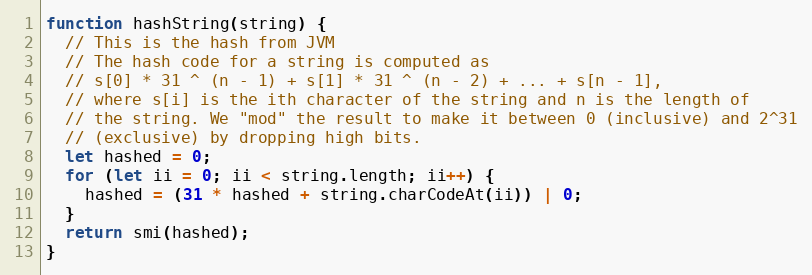
Language: JavaScript
function hashString(string) {
  // This is the hash from JVM
  // The hash code for a string is computed as
  // s[0] * 31 ^ (n - 1) + s[1] * 31 ^ (n - 2) + ... + s[n - 1],
  // where s[i] is the ith character of the string and n is the length of
  // the string. We "mod" the result to make it between 0 (inclusive) and 2^31
  // (exclusive) by dropping high bits.
  let hashed = 0;
  for (let ii = 0; ii < string.length; ii++) {
    hashed = (31 * hashed + string.charCodeAt(ii)) | 0;
  }
  return smi(hashed);
}